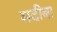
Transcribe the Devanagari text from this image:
मदीबा